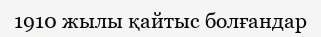
1910 жылы қайтыс болғандар